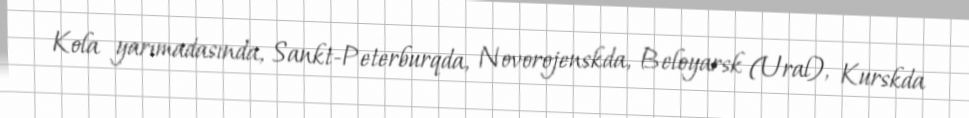
Kola yarımadasında, Sankt-Peterburqda, Novorojenskda, Beloyarsk (Ural), Kurskda